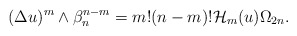
\begin{align*} (\Delta u)^{m}\wedge \beta_n ^{n-m}=m!(n-m)!\mathcal{H}_m(u)\Omega_{2n}. \end{align*}